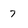
Character: 7